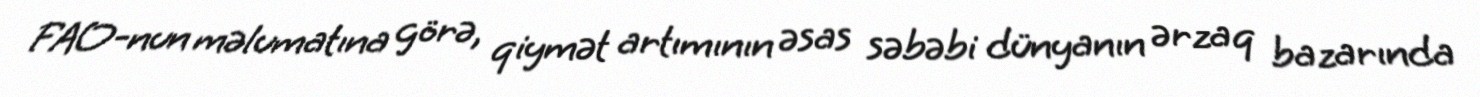
FAO-nun məlumatına görə, qiymət artımının əsas səbəbi dünyanın ərzaq bazarında